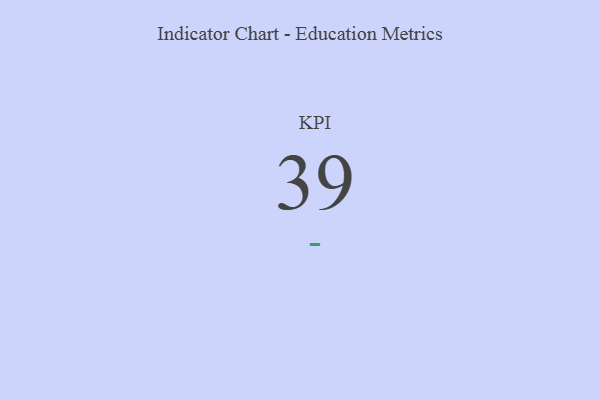
{"axis": {"x": "KPI", "y": "Value"}, "legend": [""], "data": [{"x": "KPI", "y": 39, "type": ""}]}